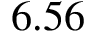
6 . 5 6